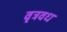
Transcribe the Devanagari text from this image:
वृत्रवध